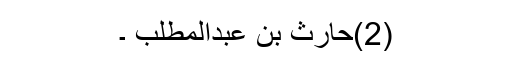
(2)حارث بن عبدالمطلب ۔